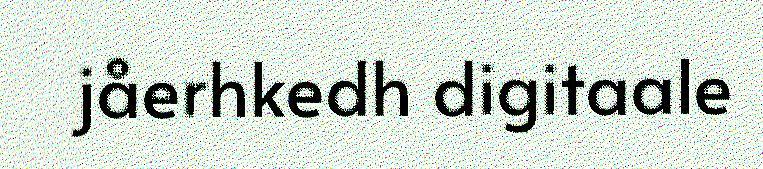
jåerhkedh digitaale